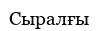
Сыралғы